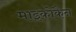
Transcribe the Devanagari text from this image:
माइकोकैन